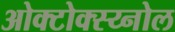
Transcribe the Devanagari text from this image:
ओक्टोक्स्य्नोल